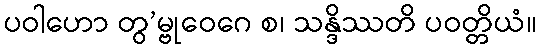
ပဝါဟော တွ’မ္ဗုဝေဂေ စ၊ သန္ဒိဿတိ ပဝတ္တိယံ။